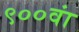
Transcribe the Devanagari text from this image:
९००वां